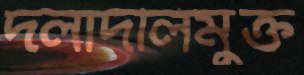
দলাদলিমুক্ত